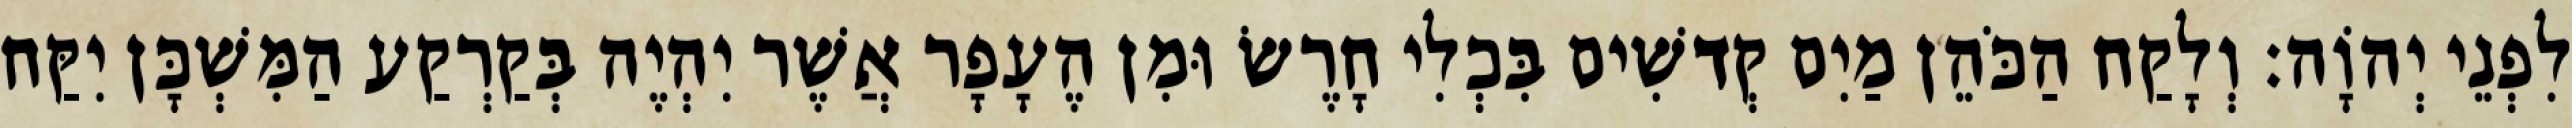
לִפְנֵי יְהוָֹה׃ וְלָקַח הַכֹּהֵן מַיִם קְדשִׁים בִּכְלִי חָרֶשׂ וּמִן הֶעָפָר אֲשֶׁר יִהְיֶה בְּקַרְקַע הַמִּשְׁכָּן יִקַּח